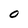
Character: 0